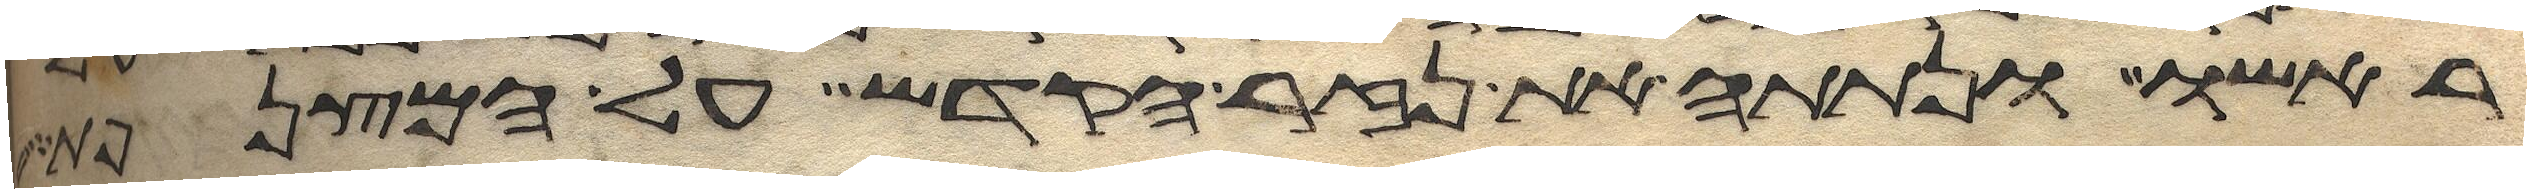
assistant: ראשו ונתתה את נזר הקדש על המצנפת